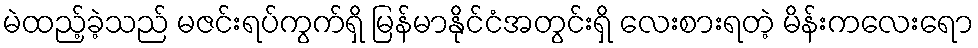
မဲထည့်ခဲ့သည် မဇင်းရပ်ကွက်ရှိ မြန်မာနိုင်ငံအတွင်းရှိ လေးစားရတဲ့ မိန်းကလေးရော